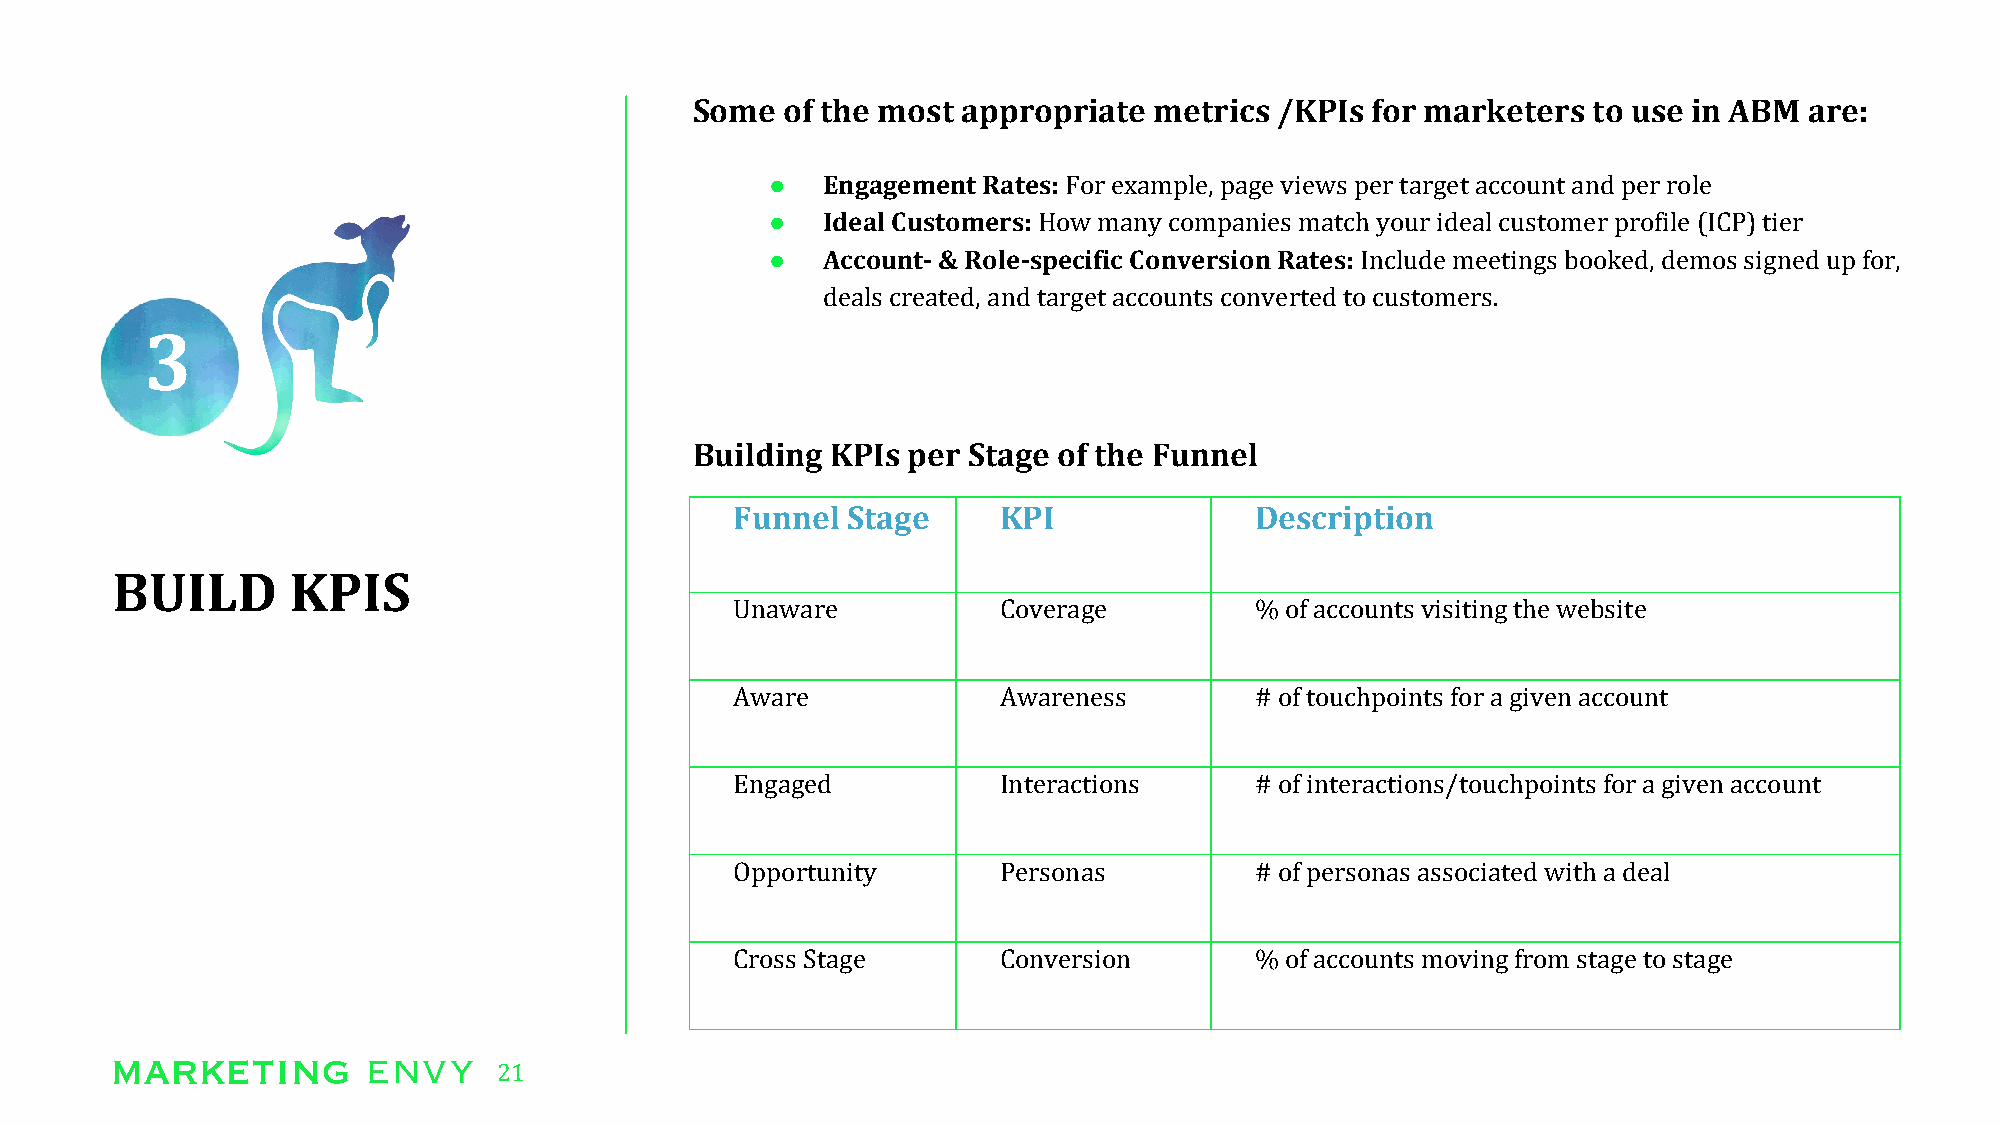
Some  of the most appropriate metrics  /KPIs for marketers to use in ABM  are:
 ●  Engagement Rates: For example, page views per target account and per role
 ●  Ideal Customers: How many companies match your ideal customer profile (ICP) tier
 ●  Account- & Role-specific Conversion Rates: Include meetings booked, demos signed up for,
 deals created, and target accounts converted to customers.
 3
 Building KPIs per Stage of the Funnel
 Funnel Stage     KPI              Description
 BUILD       KPIS
 Unaware          Coverage         % of accounts visiting the website
 Aware            Awareness        # of touchpoints for a given account
 Engaged          Interactions     # of interactions/touchpoints for a given account
 Opportunity      Personas         # of personas associated with a deal
 Cross Stage      Conversion       % of accounts moving from stage to stage
 21